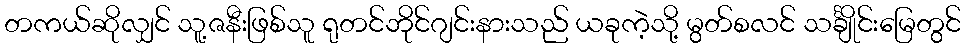
တကယ်ဆိုလျှင် သူ့ဇနီးဖြစ်သူ ရုတင်ဘိုင်ဂျင်းနားသည် ယခုကဲ့သို့ မွတ်စလင် သင်္ချိုင်းမြေတွင်